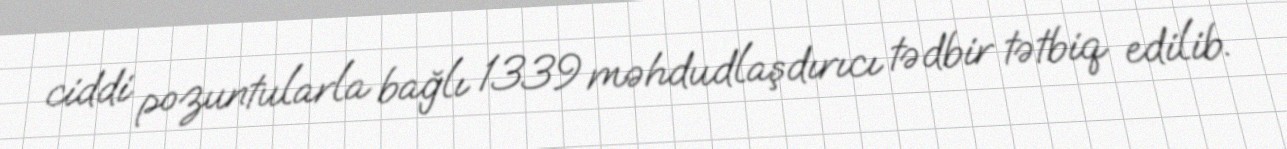
ciddi pozuntularla bağlı 1339 məhdudlaşdırıcı tədbir tətbiq edilib.